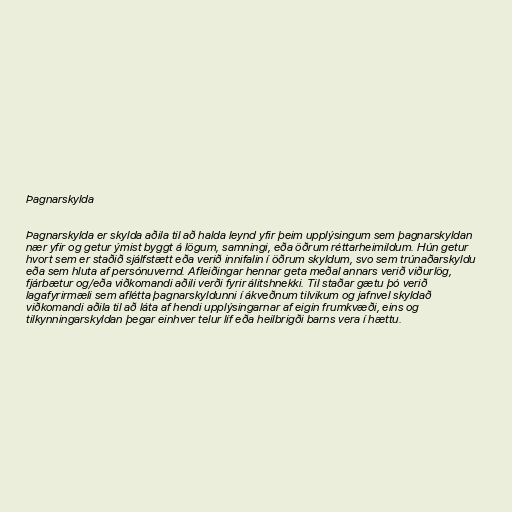
Þagnarskylda

Þagnarskylda er skylda aðila til að halda leynd yfir þeim upplýsingum sem þagnarskyldan
nær yfir og getur ýmist byggt á lögum, samningi, eða öðrum réttarheimildum. Hún getur
hvort sem er staðið sjálfstætt eða verið innifalin í öðrum skyldum, svo sem trúnaðarskyldu
eða sem hluta af persónuvernd. Afleiðingar hennar geta meðal annars verið viðurlög,
fjárbætur og/eða viðkomandi aðili verði fyrir álitshnekki. Til staðar gætu þó verið
lagafyrirmæli sem aflétta þagnarskyldunni í ákveðnum tilvikum og jafnvel skyldað
viðkomandi aðila til að láta af hendi upplýsingarnar af eigin frumkvæði, eins og
tilkynningarskyldan þegar einhver telur líf eða heilbrigði barns vera í hættu.